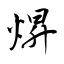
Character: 焺